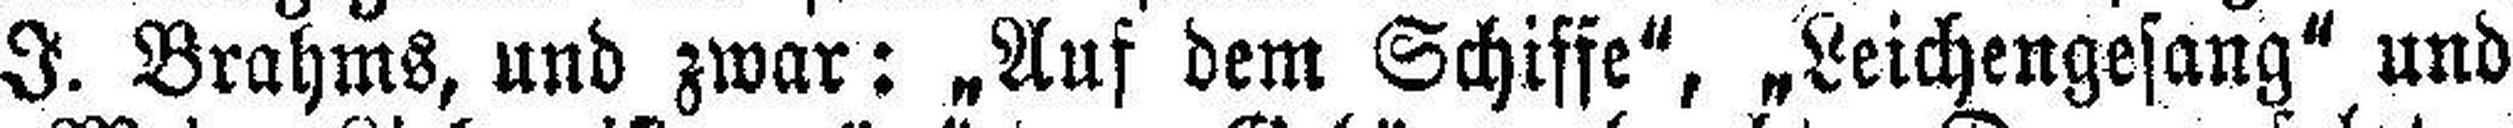
I. Brahms, und zwar: „Auf dem Schiffe", „Leichengesang“ und